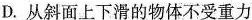
D. 从斜面上下滑的物体不受重力